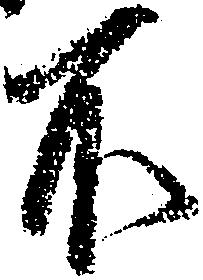
不